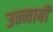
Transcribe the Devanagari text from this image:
उन्नाबी